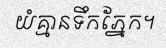
យំគ្មានទឹកភ្នែក។